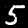
Digit: 5